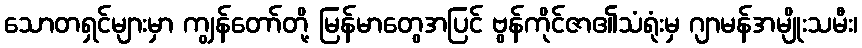
သောတရှင်များမှာ ကျွန်တော်တို့ မြန်မာတွေအပြင် ဗွန်ကိုင်ဇာ၏သံရုံးမှ ဂျာမန်အမျိုးသမီး၊